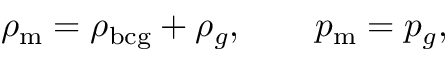
\begin{array} { r } { \rho _ { \mathrm { m } } = \rho _ { \mathrm { b c g } } + \rho _ { g } , \qquad p _ { \mathrm { m } } = p _ { g } , } \end{array}